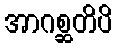
အာဂစ္ဆတိပိ